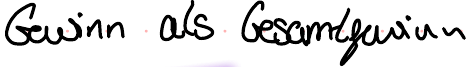
Gewinn als Gesamtgewinn